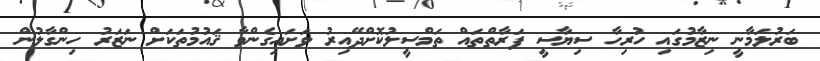
ބަރުލަމާނީ ނިޒާމުގައި ހުރިހާ ސިޔާސީ ފަރާތްތައް ތަމްސީލުކޮށްދޭއިރު ވަށައިގެންވާ ޤައުމުތަކަށް ނަޒަރު ހިންގާލުން